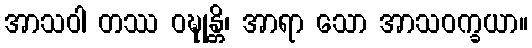
အာသဝါ တဿ ဝဍ္ဎုန္တိ၊ အာရာ သော အာသဝက္ခယာ။